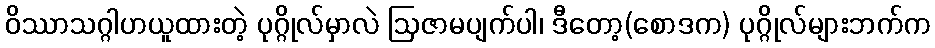
ဝိဿာသဂ္ဂါဟယူထားတဲ့ ပုဂ္ဂိုလ်မှာလဲ ဩဇာမပျက်ပါ၊ ဒီတော့(စောဒက) ပုဂ္ဂိုလ်များဘက်က